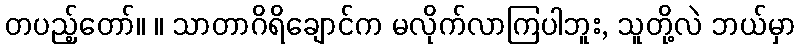
တပည့်တော်။ ။ သာတာဂိရိချောင်က မလိုက်လာကြပါဘူး, သူတို့လဲ ဘယ်မှာ